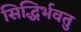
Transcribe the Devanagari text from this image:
सिद्धिर्भवतु